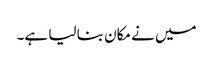
میں نے مکان بنا لیا ہے۔